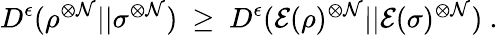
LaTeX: D^{\epsilon}(\rho^{\otimes\mathcal{N}}||\sigma^{\otimes\mathcal{N}})~\geq~D^{\epsilon}({\mathcal{{E}}}(\rho)^{\otimes\mathcal{N}}||{\mathcal{{E}}}(\sigma)^{\otimes\mathcal{N}})~.